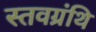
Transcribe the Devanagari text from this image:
स्तवग्रंथि